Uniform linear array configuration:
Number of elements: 48
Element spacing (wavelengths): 1
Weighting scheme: cosine
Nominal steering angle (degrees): -60
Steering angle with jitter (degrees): -58.99
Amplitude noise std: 0.05
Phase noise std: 0.05

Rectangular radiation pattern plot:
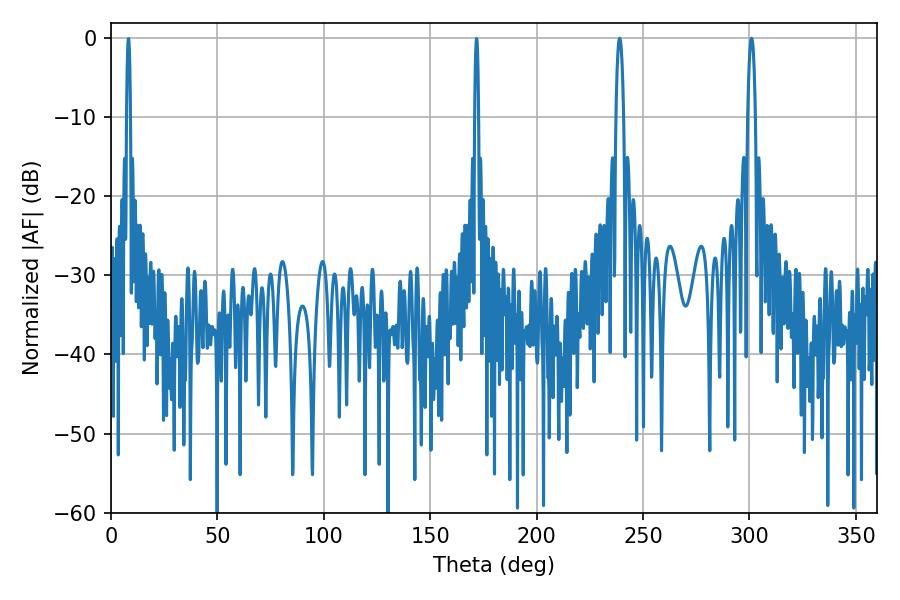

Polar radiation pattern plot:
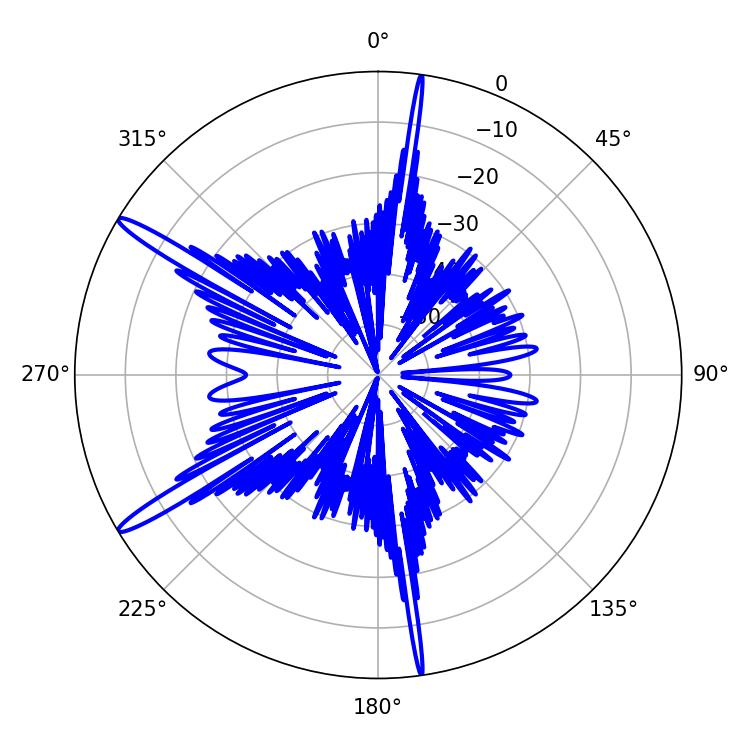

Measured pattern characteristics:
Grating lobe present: TRUE
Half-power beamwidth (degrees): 1.98
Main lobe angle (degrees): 239.04